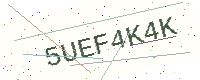
Text: 5UEF4K4K